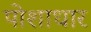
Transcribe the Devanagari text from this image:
पोशाधार